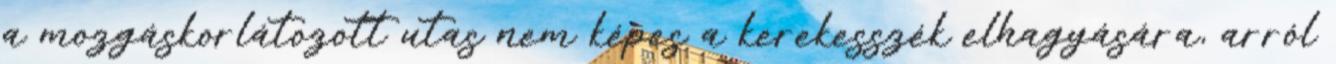
a mozgáskorlátozott utas nem képes a kerekesszék elhagyására, arról